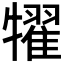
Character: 𤛹